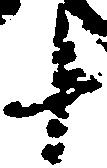
十